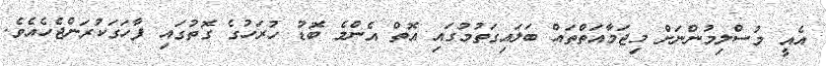
އެއީ މުސްލިމުންނަށް މިޖަމާއަތްތައް ބަލައިގަތުމުގައި އޮތް އެންމެ ބޮޑު ހުރަހުގެ ގޮތުގައި ފާހަގަކުރަންޖެހެއެވެ.